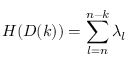
H ( D ( k ) ) = \sum _ { l = n } ^ { n - k } \lambda _ { l }